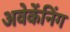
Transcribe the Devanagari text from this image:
अवेकेंनिंग